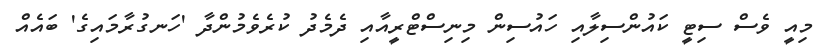
މިއީ ވެސް ސިޓީ ކައުންސިލާއި ހައުސިން މިނިސްޓްރީއާއި ދެމެދު ކުރެވެމުންދާ 'ހަނގުރާމައިގެ' ބައެއް